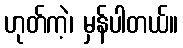
ဟုတ်ကဲ့၊ မှန်ပါတယ်။